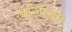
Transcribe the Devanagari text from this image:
वरिष्ठतम्